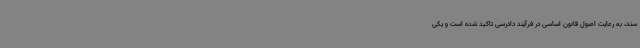
سند، به رعایت اصول قانون اساسی در فرآیند دادرسی تاکید شده است و یکی